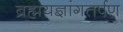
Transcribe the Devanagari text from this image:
ब्रह्मयज्ञांगतर्पण